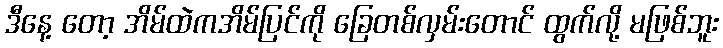
ဒီနေ့ တော့ အိမ်ထဲကအိမ်ပြင်ကို ခြေတစ်လှမ်းတောင် ထွက်လို့ မဖြစ်ဘူး